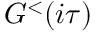
G ^ { < } ( i \tau )